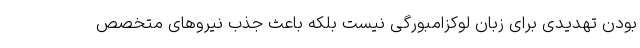
بودن تهدیدی برای زبان لوکزامبورگی نیست بلکه باعث جذب نیروهای متخصص